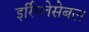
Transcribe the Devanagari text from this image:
इर्रिप्लेसेबल